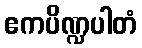
ဧကပိဏ္ဍပါတံ